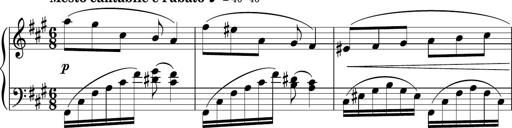
Title: Sonatina PandemÃ³nium
Composer: VÃ­ctor Carbajo
Key: C major